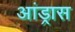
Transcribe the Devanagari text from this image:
आंड्रास